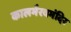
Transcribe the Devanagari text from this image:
कालभैरवमंदिर